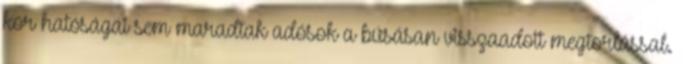
kor hatóságai sem maradtak adósok a búsásan visszaadott megtorlással.